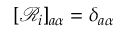
[ \mathcal { R } _ { i } ] _ { a \alpha } = \delta _ { a \alpha }